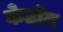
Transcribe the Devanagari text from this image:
केटॉन